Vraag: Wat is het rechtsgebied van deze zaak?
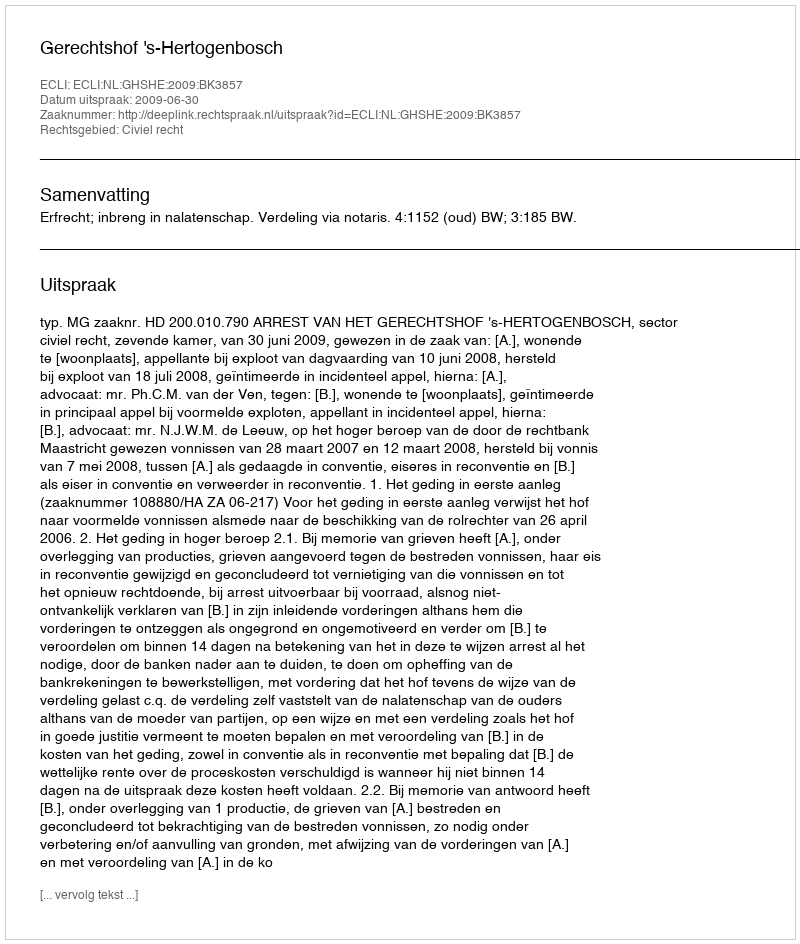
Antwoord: Civiel recht